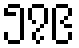
၅၇၉